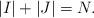
LaTeX: \begin{align*}|I|+|J|=N.\end{align*}